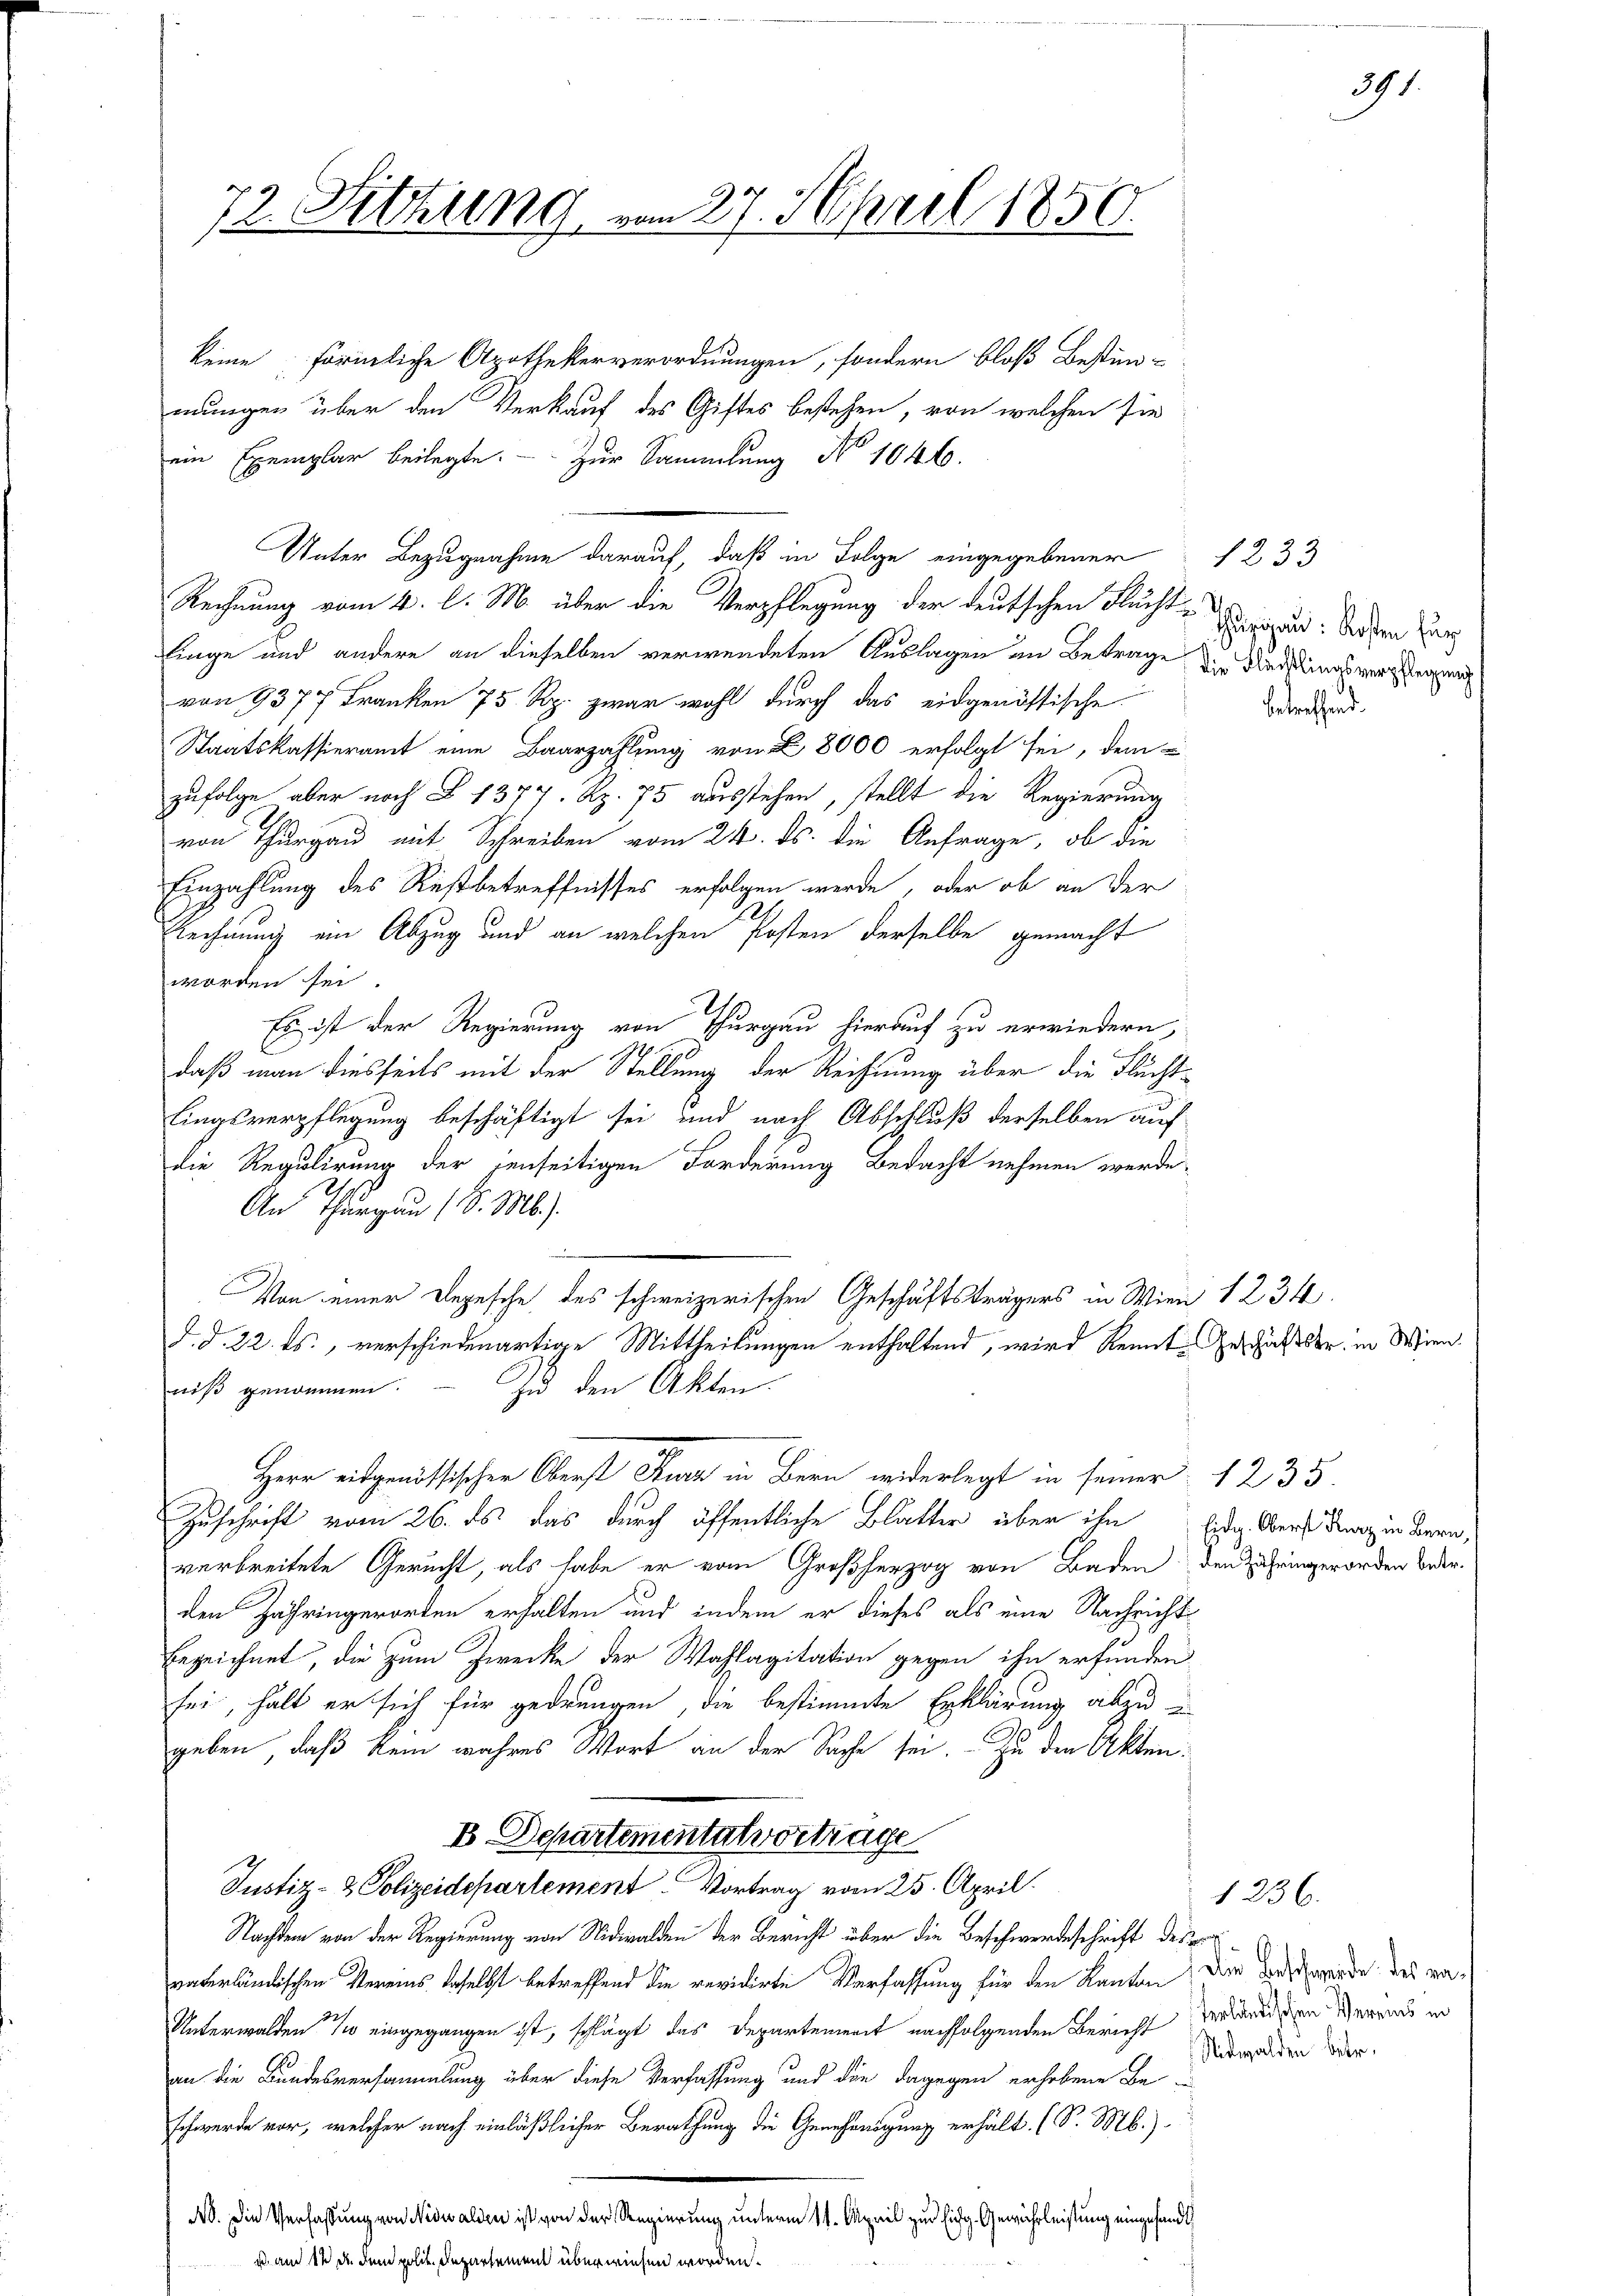
72. Sitzung

Unter Bezugnahme darauf, daß in Folge eingegebener

27. April 1850.

keine förmliche Apothekerverordnungen, sondern bloß Bestim-
mungen über den Verkauf des Giftes bestehen, von welchen sie
ein Exemplar beilegte. - Zur Sammlung No 1046.
Rechnung vom 4. l. M. über die Verpflegung der deutschen Fucht-Kanzen. Soden Her
linge und andere an dieselben verwendeten Auslagen an Betrage die Niedens verlegung
von 9377 Franken 75 Rp. zwar wohl durch das eidgenössische
Staatskassieramt eine Baarzahlung von 28000 erfolgt sei, dem
zufolge aber nach § 1377. Rp. 75 ausstehen, stellt die Regierung
von Thurgau mit Schreiben vom 24. ds. die Anfrage, ob die
Einzahlung des Restbetreffnisses erfolgen werde, oder ob an der
Rechnung ein Abzug und an welchen Posten derselbe gemacht
worden sei
Es ist der Regierung von Thurgau hierauf zu erwiedern,
daß man diesseits mit der Stellung der Reichnung über die Fluchtlingsverpflegung beschäftigt sei und nach Abschluß derselben auf
die Regulirung der denseitigen Forderung Bedacht nehmen werde,
An Thurgau 18. M.).
Von einer Depesche des schweizerischen Geschäftsträgers in Wien 1234.
d. d. 22. ds., verschiedenartige Mittheilungen enthaltend, wird kennt. Geschäftstr. in Wie
niß genommen. — Zu den Akten.
Herr eidgenössischer Oberst Euer in Bern widerlegt in seiner
Zuschrift vom 26. ds das durch öffentliche Blatter über ihn
verbreitete Gerucht, als habe er vom Großherzog von Baden
den Zähringerorden erhalten und indem er dieses als eine Nachricht
Erzeichnet, die zum Zwecke der Wahlagitation gegen ihn erfunden
sei, halt er sich für gedrungen, die bestimmte Erklärung abzu-
geben, daß kein wahres Wort an der Sache sei. Zu den Akten¬
D. Departementat vortrage
Justiz- & Polizeidepartement. Vortrag vom 25. April.
Nachdem von der Regierung von Nidwalden der Bericht über die Beschwerdeschrift des
unterländischen Vereins beselbst betreffend die revidirte Verfassung für den Kanton der Tode werde des va¬
Unterwalden 10 eingegangen ist, schlägt das Departement nachfolgenden Bericht verwendigen Gerade in
an die Bundesversammlung über diese Verfassung und die dagegen erhobene Be-
schwerde vor, welcher nach einläßlicher Berathung die Genehmigung erhält. (S. M.)
N. Die Verfassung von Nidwalden ist von der Regierung unterm 11. April zur Eidg. Gewährleistung eingesandt
ichen worden.
 am 12 de den polit. Departement

391.

1233

betreffend.

1236.

1235
Eidg. Oberst Kurz in Bern,
den Zähringerorden betr.

Nidwalden betr.